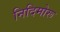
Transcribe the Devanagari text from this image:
निदिमोरू